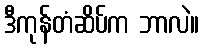
ဒီကုန်တံဆိပ်က ဘာလဲ။